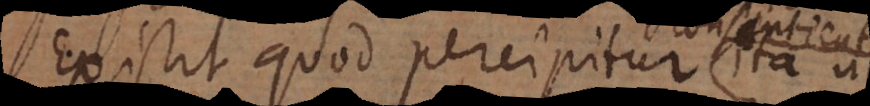
Existit quod percipitur